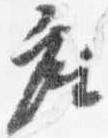
座